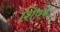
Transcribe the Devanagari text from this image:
शिपर